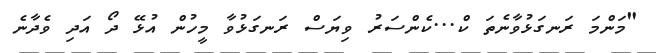
"މަންމަ ރަނގަޅުވާނެތަ ކް...ކެންސަރު ވިޔަސް ރަނގަޅުވާ މީހުން އުޅޭ ދޯ އަދި ވެދާނެ